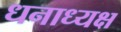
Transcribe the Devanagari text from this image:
धनाध्यक्ष